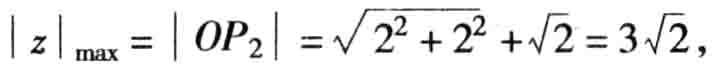
\(\vert z\vert_{\max}=\vert OP_{2}\vert=\sqrt{2^{2}+2^{2}}+\sqrt{2}=3\sqrt{2},\)